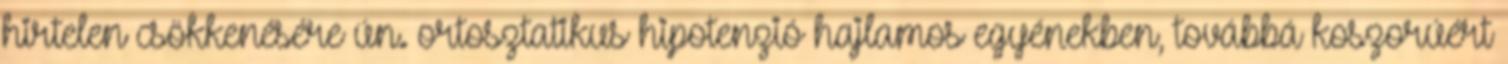
hirtelen csökkenésére ún. ortosztatikus hipotenzió hajlamos egyénekben, továbbá koszorúért